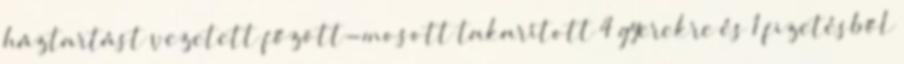
háztartást vezetett főzött-mosott takarított 4 gyerekre és 1 fizetésből